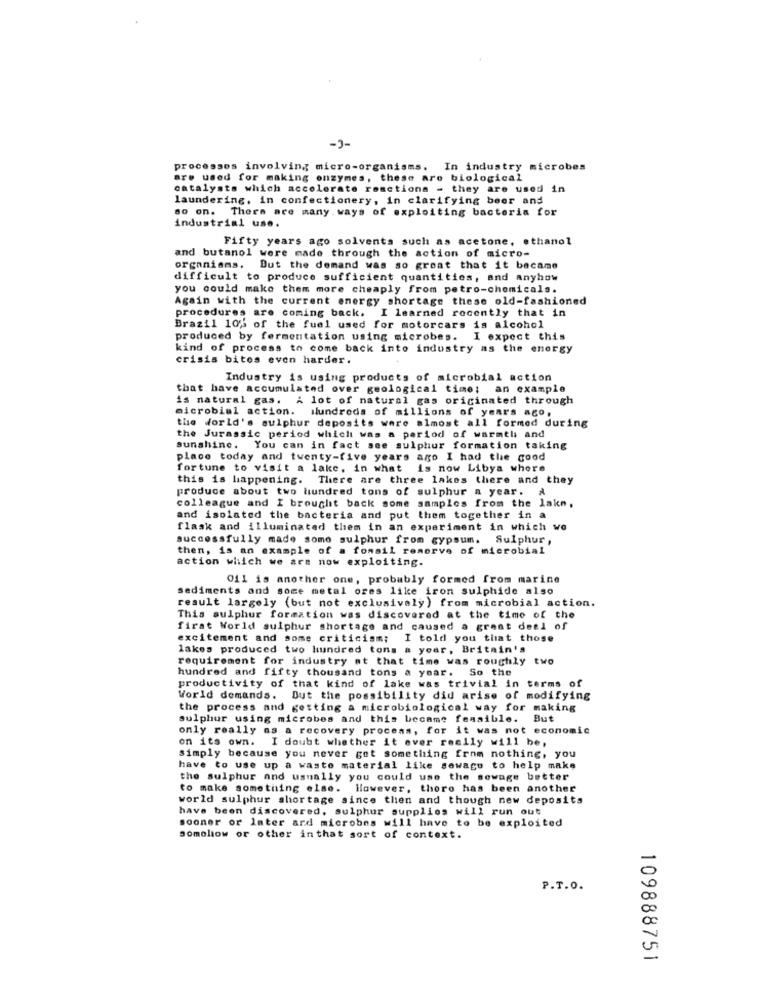
-3-
processes involving micro-organisms. In industry microbes
are used for making enzymes, these are biological
catalysts which accelerate reactions - they are used in
laundering. in confectionery, in clarifying beer and
ao on.
There are many ways of exploiting bacteria for
industrial use.
Fifty years ago solvents such as acetone, ethanol
and butanol were made through the action of micro-
organisms. But the demand was so great that it became
difficult to produce sufficient quantities, and anyhow
you could make them more cheaply from petro-chemicals.
Again with the current energy shortage these old-fashioned
procedures are coming back. I learned recently that in
Brazil 10% of the fuel used for motorcars is alcohol
produced by fermentation using microbes. I expect this
kind of process to come back into industry as the energy
crisis bitos even harder.
Industry is using products of microbial action
that have accumulated over geological time; an example
is natural gas. A lot of natural gas originated through
microbial action. Hundreds of millions of years ago,
the World's sulphur deposits were almost all formed during
the Jurassic period which was a period of warmtl and
sunshine. You can in fact see sulphur formation taking
place today and twenty-five years ago I had the good
fortune to visit a lake, in what is now Libya where
this is happening. There are three lakes there and they
produce about two hundred tons of sulphur a year. A
colleague and I brought back some samples from the lake,
and isolated the bacteria and put them together in a
flask and illuminated them in an experiment in which we
successfully made some sulphur from gypsum. Sulphur,
then, is an example of a fomail reserve of microbial
action which we are now exploiting.
011 is another one, probably formed from marine
sediments and some metal ores like iron sulphide also
result largely (but not exclusively) from microbial action.
This sulphur formation was discovered at the time of the
first World sulphur shortage and caused a great deal of
excitement and some criticism; I told you that those
lakes produced two hundred tons a year, Britain's
requirement for industry at that time was roughly two
hundred and fifty thousand tons a year. So the
productivity of that kind of lake was trivial in terms of
World demands. But the possibility did arise of modifying
the process and getting a microbiological way for making
sulphur using microbes and this became feasible. But
only really as a recovery process, for it was not economic
on its own. I doubt whether it ever really will be,
simply because you never get something from nothing, you
have to use up a waste material like sowagu to help make
the sulphur and usually you could use the sewage better
to make something else. However, there has been another
world sulphur shortage since then and though new deposits
have been discovered, sulphur supplies will run out
sooner or later ard microbes will have to be exploited
somehow or other inthat sort of context.
P.T.O.
109888751